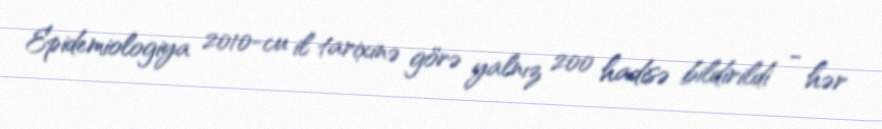
Epidemiologiya 2010-cu il tarixinə görə yalnız 200 hadisə bildirildi - hər